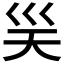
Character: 𭗽